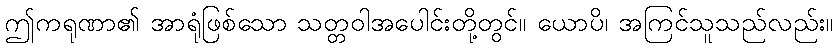
ဤကရုဏာ၏ အာရုံဖြစ်သော သတ္တဝါအပေါင်းတို့တွင်။ ယောပိ၊ အကြင်သူသည်လည်း။